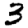
Digit: 3